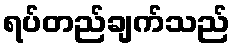
ရပ်တည်ချက်သည်